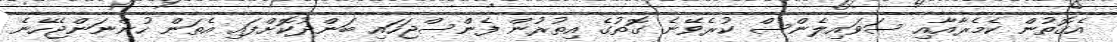
އެގޮތުން ކެމެރާއާއި ސަވައިލެންސް ކުރެވޭނެ ގޮތުގެ އިތުރުން ފެންސްޖަހައި ބަންދުކޮށްފައި އެތަން ހުންނަންޖެހޭނެ